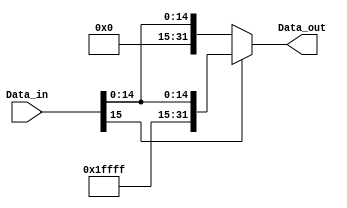
module sign_extend16_32(

    input wire  [15:0] Data_in,     // IMMEDIATE
    output wire [31:0] Data_out

);

    assign Data_out = (Data_in[15]) ? {{16{1'b1}}, Data_in} : {{16{1'b0}}, Data_in};

endmodule